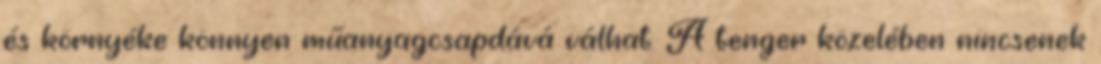
és környéke könnyen műanyagcsapdává válhat. A tenger közelében nincsenek